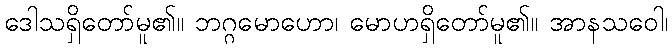
ဒေါသရှိတော်မူ၏။ ဘဂ္ဂမောဟော၊ မောဟရှိတော်မူ၏။ အာနသဝေါ၊